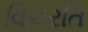
વિચરતિ